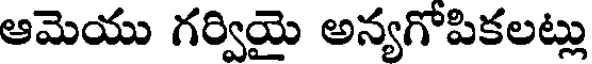
ఆమెయు గర్వియై అన్యగోపికలట్లు